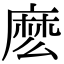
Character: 麽